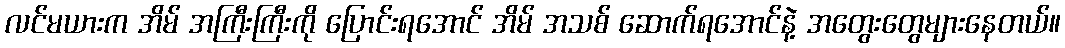
လင်မယားက အိမ် အကြီးကြီးကို ပြောင်းရအောင် အိမ် အသစ် ဆောက်ရအောင်နဲ့ အတွေးတွေများနေတယ်။